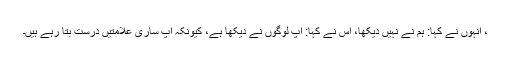
، انہوں نے کہا: ہم نے نہیں دیکھا، اس نے کہا: آپ لوگوں نے دیکھا ہے، کیونکہ آپ ساری علامتیں درست بتا رہے ہیں۔